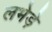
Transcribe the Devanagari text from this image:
लभेड़े